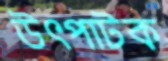
উৎপাটক